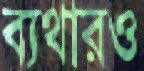
ব্যথারও